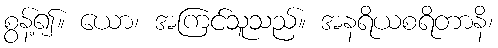
စွန့်၍။ ယော၊ အကြင်သူသည်။ အနရိယစရိတာနိ၊